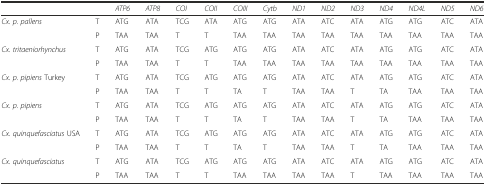
<table><thead><tr><td colspan="2"></td><td><b><i>ATP6</i></b></td><td><b><i>ATP8</i></b></td><td><b><i>COI</i></b></td><td><b><i>COII</i></b></td><td><b><i>COIII</i></b></td><td><b><i>Cytb</i></b></td><td><b><i>ND1</i></b></td><td><b><i>ND2</i></b></td><td><b><i>ND3</i></b></td><td><b><i>ND4</i></b></td><td><b><i>ND4L</i></b></td><td><b><i>ND5</i></b></td><td><b><i>ND6</i></b></td></tr></thead><tbody><tr><td rowspan="2"><i>Cx. p. pallens</i></td><td>T</td><td>ATG</td><td>ATA</td><td>TCG</td><td>ATA</td><td>ATG</td><td>ATG</td><td>ATA</td><td>ATC</td><td>ATA</td><td>ATG</td><td>ATG</td><td>ATC</td><td>ATA</td></tr><tr><td>P</td><td>TAA</td><td>TAA</td><td>T</td><td>T</td><td>TAA</td><td>TAA</td><td>TAA</td><td>TAA</td><td>TAA</td><td>TAA</td><td>TAA</td><td>TAA</td><td>TAA</td></tr><tr><td rowspan="2"><i>Cx. tritaeniorhynchus</i></td><td>T</td><td>ATG</td><td>ATA</td><td>TCG</td><td>ATG</td><td>ATG</td><td>ATG</td><td>ATA</td><td>ATC</td><td>ATA</td><td>ATG</td><td>ATG</td><td>ATC</td><td>ATA</td></tr><tr><td>P</td><td>TAA</td><td>TAA</td><td>T</td><td>T</td><td>TAA</td><td>TAA</td><td>TAA</td><td>TAA</td><td>TAA</td><td>TAA</td><td>TAA</td><td>TAA</td><td>TAA</td></tr><tr><td rowspan="2"><i>Cx. p. pipiens</i> Turkey</td><td>T</td><td>ATG</td><td>ATA</td><td>TCG</td><td>ATG</td><td>ATG</td><td>ATG</td><td>ATA</td><td>ATC</td><td>ATA</td><td>ATG</td><td>ATG</td><td>ATC</td><td>ATA</td></tr><tr><td>P</td><td>TAA</td><td>TAA</td><td>T</td><td>T</td><td>TA</td><td>T</td><td>TAA</td><td>TAA</td><td>T</td><td>TA</td><td>TAA</td><td>TAA</td><td>TAA</td></tr><tr><td rowspan="2"><i>Cx. p. pipiens</i></td><td>T</td><td>ATG</td><td>ATA</td><td>TCG</td><td>ATG</td><td>ATG</td><td>ATG</td><td>ATA</td><td>ATC</td><td>ATA</td><td>ATG</td><td>ATG</td><td>ATC</td><td>ATA</td></tr><tr><td>P</td><td>TAA</td><td>TAA</td><td>T</td><td>T</td><td>TA</td><td>T</td><td>TAA</td><td>TAA</td><td>T</td><td>TA</td><td>TAA</td><td>TAA</td><td>TAA</td></tr><tr><td rowspan="2"><i>Cx. quinquefasciatus</i> USA</td><td>T</td><td>ATG</td><td>ATA</td><td>TCG</td><td>ATG</td><td>ATG</td><td>ATG</td><td>ATA</td><td>ATC</td><td>ATA</td><td>ATG</td><td>ATG</td><td>ATC</td><td>ATA</td></tr><tr><td>P</td><td>TAA</td><td>TAA</td><td>T</td><td>T</td><td>TA</td><td>T</td><td>TAA</td><td>TAA</td><td>T</td><td>TA</td><td>TAA</td><td>TAA</td><td>TAA</td></tr><tr><td rowspan="2"><i>Cx. quinquefasciatus</i></td><td>T</td><td>ATG</td><td>ATA</td><td>TCG</td><td>ATG</td><td>ATG</td><td>ATG</td><td>ATA</td><td>ATC</td><td>ATA</td><td>ATG</td><td>ATG</td><td>ATC</td><td>ATA</td></tr><tr><td>P</td><td>TAA</td><td>TAA</td><td>T</td><td>T</td><td>TAA</td><td>TAA</td><td>TAA</td><td>TAA</td><td>T</td><td>TAA</td><td>TAA</td><td>TAA</td><td>TAA</td></tr></tbody></table>